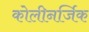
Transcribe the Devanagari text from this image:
कोलीनर्जिक